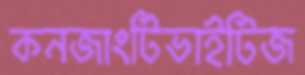
কনজাংটিভাইটিজ